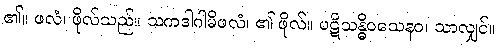
၏။ ဖလံ၊ ဖိုလ်သည်။ သကဒါဂါမိဖလံ၊ ၏ ဖိုလ်။ ပဋိသန္ဓိဝသေနဝ၊ သာလျှင်။